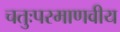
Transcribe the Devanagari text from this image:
चतुःपरमाणवीय